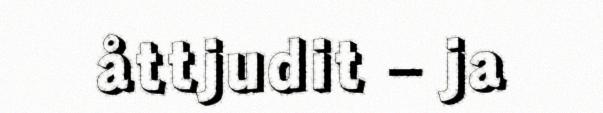
åttjudit – ja